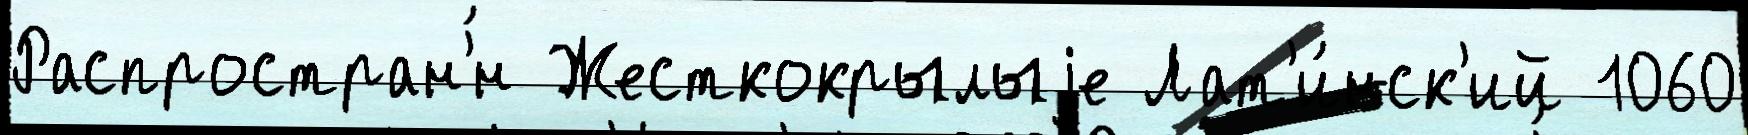
Распростран'́н Жесткокрылыjе Лат'и́нск'ий 1060